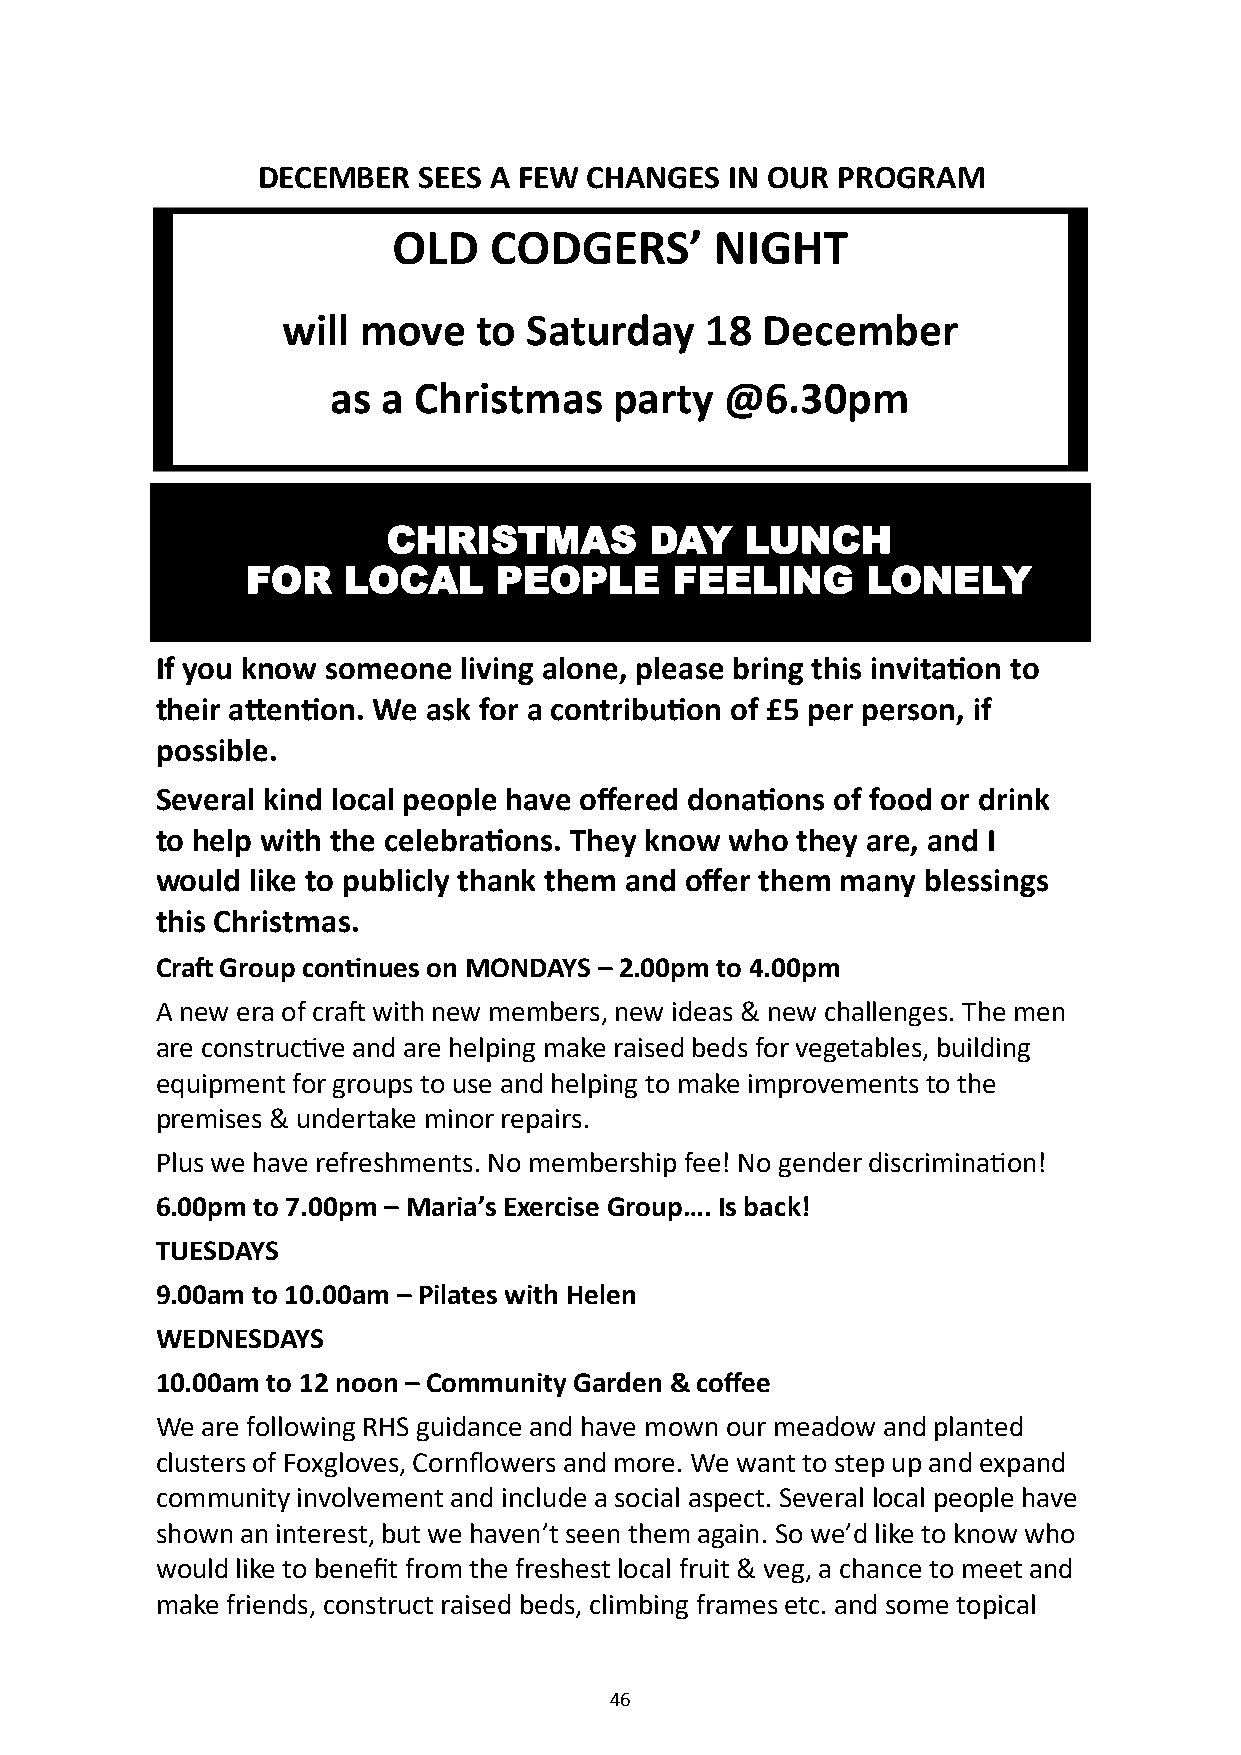
DECEMBER   SEES A FEW CHANGES  IN OUR PROGRAM
 OLD   CODGERS’       NIGHT
 will move    to Saturday    18 December
 as a Christmas     party  @6.30pm
 CHRISTMAS        DAY   LUNCH
 FOR    LOCAL     PEOPLE     FEELING      LONELY
 If you know someone living alone, please bring this invitation to
 their attention. We ask for a contribution of £5 per person, if
 possible.
 Several kind local people have offered donations of food or drink
 to help with the celebrations. They know who they are, and I
 would  like to publicly thank them and offer them many blessings
 this Christmas.
 Craft Group continues on MONDAYS – 2.00pm to 4.00pm
 A new era of craft with new members, new ideas & new challenges. The men
 are constructive and are helping make raised beds for vegetables, building
 equipment for groups to use and helping to make improvements to the
 premises & undertake minor repairs.
 Plus we have refreshments. No membership fee! No gender discrimination!
 6.00pm to 7.00pm – Maria’s Exercise Group…. Is back!
 TUESDAYS
 9.00am to 10.00am – Pilates with Helen
 WEDNESDAYS
 10.00am to 12 noon – Community Garden & coffee
 We are following RHS guidance and have mown our meadow and planted
 clusters of Foxgloves, Cornflowers and more. We want to step up and expand
 community involvement and include a social aspect. Several local people have
 shown an interest, but we haven’t seen them again. So we’d like to know who
 would like to benefit from the freshest local fruit & veg, a chance to meet and
 make friends, construct raised beds, climbing frames etc. and some topical
 46